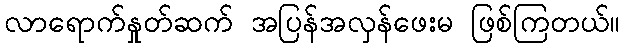
လာရောက်နှုတ်ဆက် အပြန်အလှန်ဖေးမ ဖြစ်ကြတယ်။